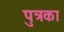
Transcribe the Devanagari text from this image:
पुत्रका